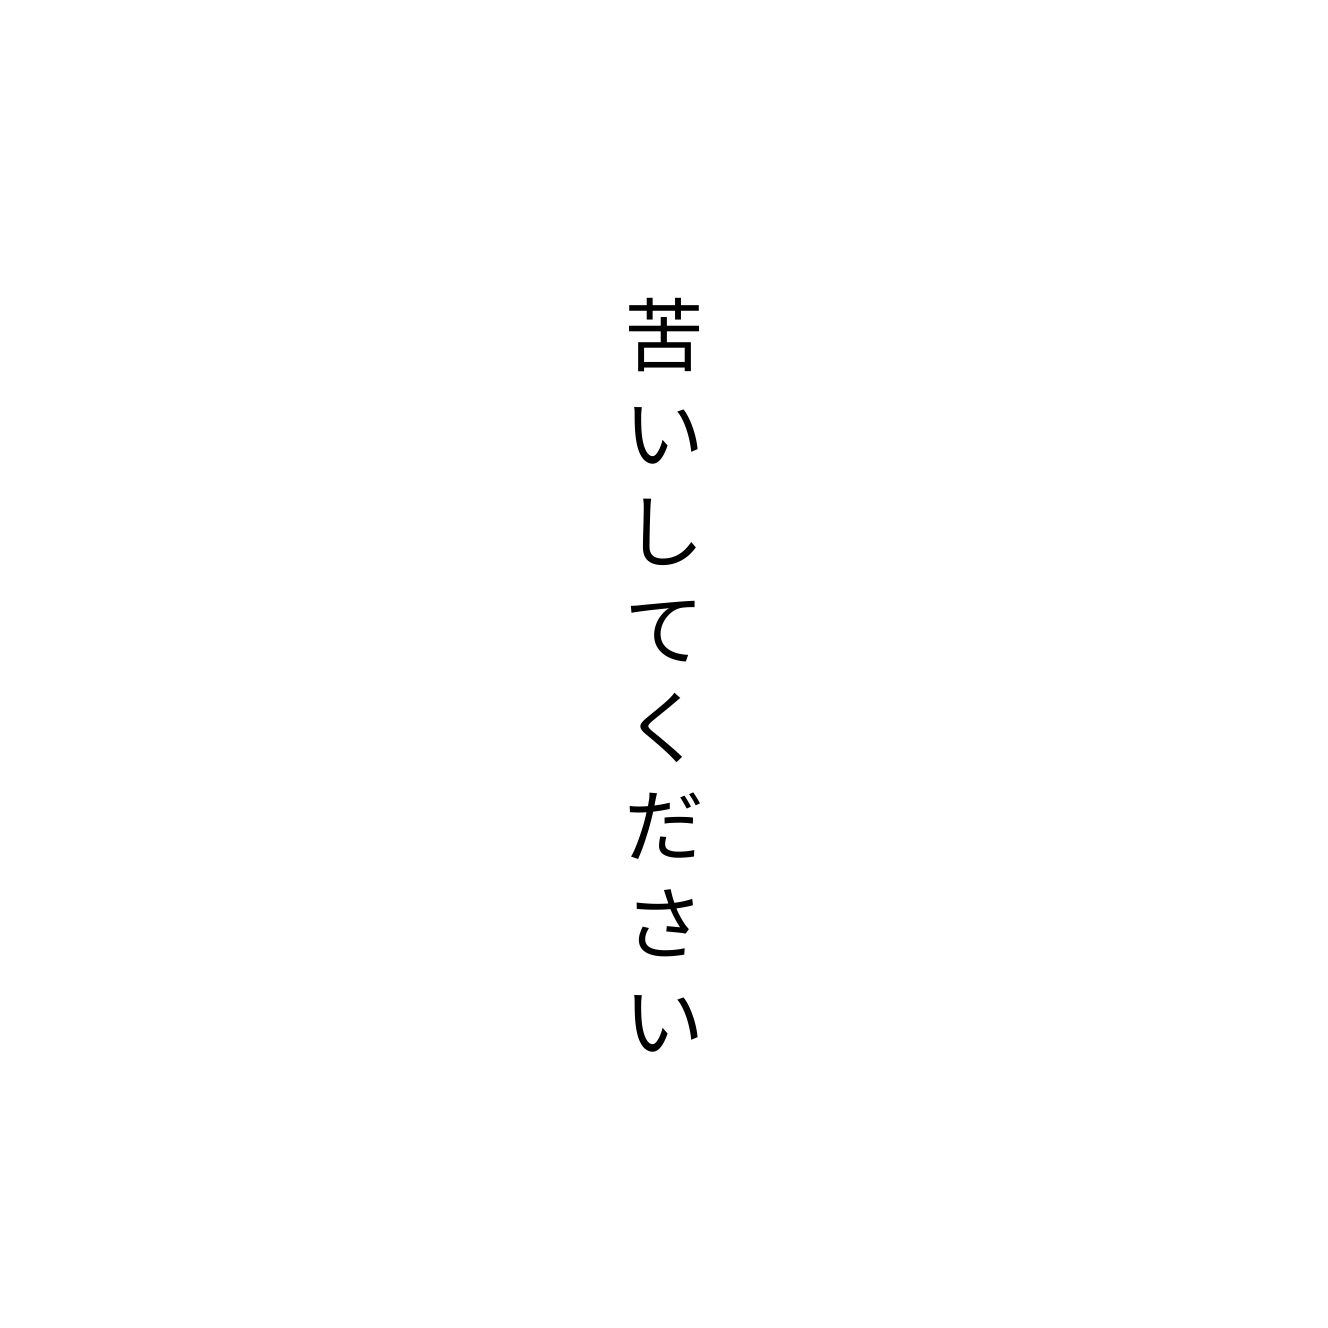
苦いしてください